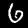
Digit: 6